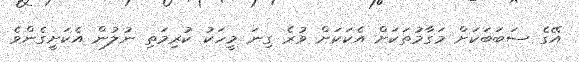
އޭގެ ސަބަބަކަށް މަގާމުތަކަށް އެކަކަށް ވުރެ ގިނަ މީހަކު ކުރިމަތި ނުލުން އެކަށީގެންވެ